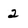
Character: 2